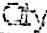
QTY